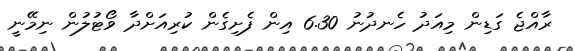
ރާއްޖެ ގަޑިން މިއަދު ހެނދުނު 6.30 އިން ފެށިގެން ކުރިއަށްދާ ވޯޓުލުން ނިމޭނީ